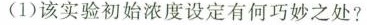
（1）该实验初始浓度设定有何巧妙之处？